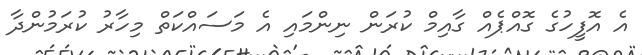
އެ އޮފީހުގެ ގޮއްޕެއް ގާއިމް ކުރަން ނިންމައި އެ މަސައްކަތް މިހާރު ކުރަމުންދާ